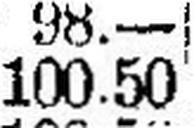
100.50